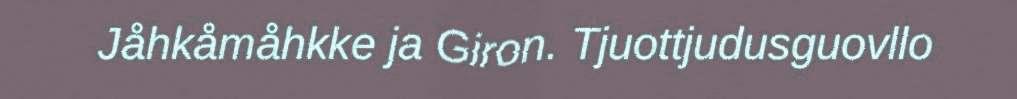
Jåhkåmåhkke ja Giron. Tjuottjudusguovllo